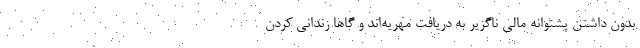
بدون داشتن پشتوانه مالی ناگزیر به دریافت مهریه‌اند و گاها زندانی کردن